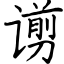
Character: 谫